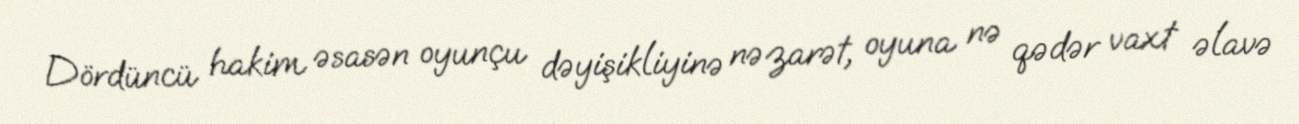
Dördüncü hakim əsasən oyunçu dəyişikliyinə nəzarət, oyuna nə qədər vaxt əlavə